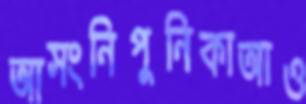
আসংনিপুনিকাআও